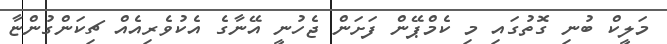
މަލީކް ބުނި ގޮތުގައި މި ކެމްޕޭން ފަށަން ޖެހުނީ އޭނާގެ އެކުވެރިއެއް ޗިކަންގުންޏާ